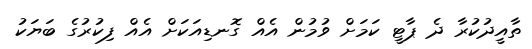
ތާއީދުކުރާ ދެ ޕާޓީ ކަމަށް ވުމުން އެއް ގޮނޑިއަކަށް އެއް ފިކުރުގެ ބަޔަކު